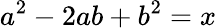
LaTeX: a^{2}-2ab+b^{2}=x\,